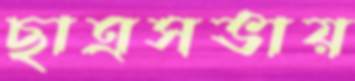
ছাত্রসভায়